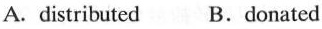
A. distributed B.donated